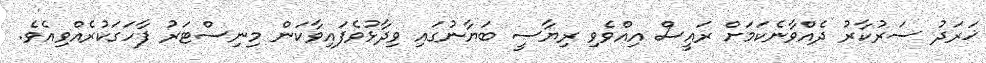
ޚަރަދު ސަރުކާރު ދެއްވާނެކަމަށް ރައީސް އިއްވެވި ރިޔާސީ ބަޔާނުގައި ވިދާޅުވެފައިވާކަން މިނިސްޓަރު ފާހަގަކުރެއްވިއެވެ.